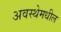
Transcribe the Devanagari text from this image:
अवस्थेमधील